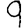
Digit: 9